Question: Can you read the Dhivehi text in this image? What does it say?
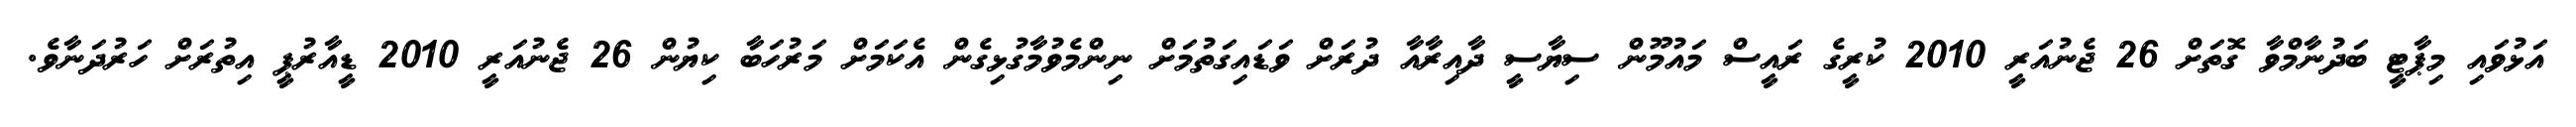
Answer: އަޅުވައި މިޕާޓީ ބަދުނާމްވާ ގޮތަށް 26 ޖެނުއަރީ 2010 ކުރީގެ ރައީސް މައުމޫން ސިޔާސީ ދާއިރާއާ ދުރަށް ވަޑައިގަތުމަށް ނިންމެވުމާގުޅިގެން އެކަމަށް މަރުހަބާ ކިޔުން 26 ޖެނުއަރީ 2010 ޑީއާރުޕީ އިތުރަށް ހަރުދަނާވެ.